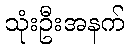
သုံးဦးအနက်